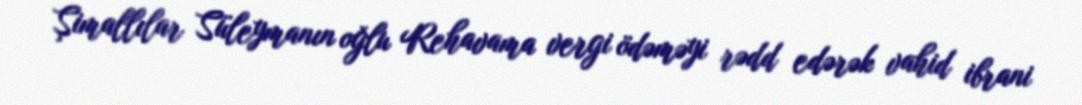
Şimallılar Süleymanın oğlu Rehavama vergi ödəməyi rədd edərək vahid ibrani